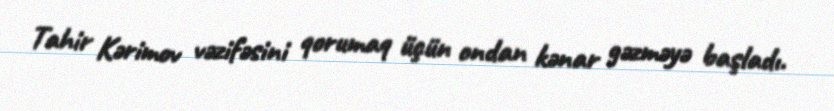
Tahir Kərimov vəzifəsini qorumaq üçün ondan kənar gəzməyə başladı.